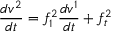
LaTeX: \frac { d v ^ { 2 } } { d t } = f _ { 1 } ^ { 2 } \frac { d v ^ { 1 } } { d t } + f _ { t } ^ { 2 }